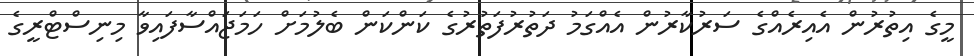
މީގެ އިތުރުން އެއިރެއްގެ ސަރުކާރުން އެއްގަމު ދަތުރުފަތުރުގެ ކަންކަން ބެލުމަށް ހަމަޖައްސާފައިވާ މިނިސްޓްރީގެ